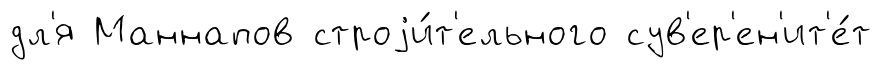
дл'я Маннапов строjи́т'ельного сув'ер'ен'ит'е́т